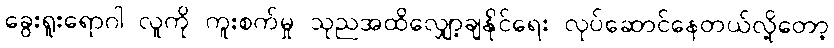
ခွေးရူးရောဂါ လူကို ကူးစက်မှု သုညအထိလျှော့ချနိုင်ရေး လုပ်ဆောင်နေတယ်လို့တော့